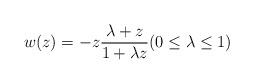
LaTeX: \begin{align*}w(z) = -z \frac{\lambda + z}{1 + \lambda z} (0 \le \lambda\leq 1)\end{align*}